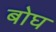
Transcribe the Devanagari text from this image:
बोघ